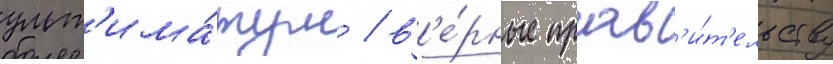
ульт'има́тум / в'е́рные прав'и́т'ельству